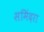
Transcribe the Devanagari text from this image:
समिंदरा